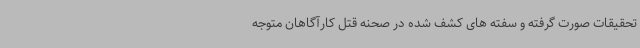
تحقیقات صورت گرفته و سفته های کشف شده در صحنه قتل کارآگاهان متوجه